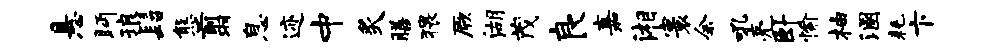
悬眄琅髫熊翦息迹中炙膳猥厥湖茂良嘉湘寰余吼亮卧愉柚溷耗卞